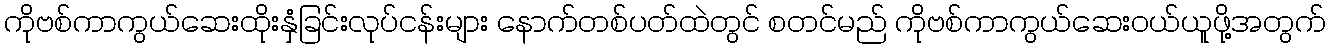
ကိုဗစ်ကာကွယ်ဆေးထိုးနှံခြင်းလုပ်ငန်းများ နောက်တစ်ပတ်ထဲတွင် စတင်မည် ကိုဗစ်ကာကွယ်ဆေးဝယ်ယူဖို့အတွက်